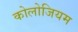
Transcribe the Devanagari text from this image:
कोलोजियम